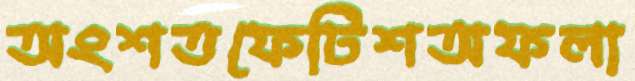
অংশতফেটিশঅফলা